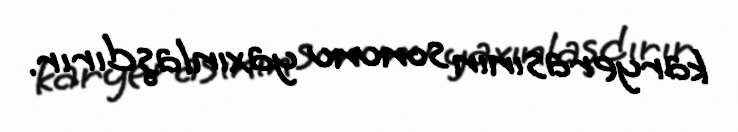
karyerasının sonunu yaxınlaşdırır.